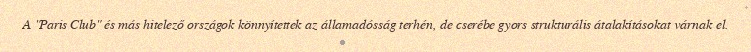
A "Paris Club" és más hitelező országok könnyítettek az államadósság terhén, de cserébe gyors strukturális átalakításokat várnak el.